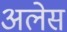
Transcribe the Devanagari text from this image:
अलेस